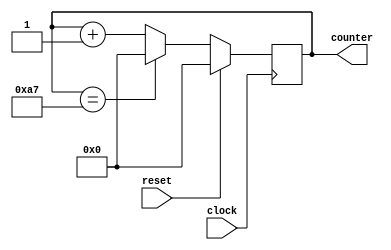
`timescale 1ns/100ps

`define COUNTER_MAX_VALUE (8'ha7)
module counter_with_reset(input clock,
                          input reset,

                          output reg [7:0] counter);
    // In a super strict coding style, all of our combinational logic has to be kept inside
    // always @* blocks.
    reg [7:0] counter_next;
    always @* begin
        if (reset) begin
            counter_next = 8'h00;
        end else begin
            if (counter == `COUNTER_MAX_VALUE) begin
                counter_next = 8'h00;
            end else begin
                counter_next = counter + 8'h1;
            end
        end
    end

    always @(posedge clock) begin
        counter <= counter_next;
    end
endmodule

module counter_with_reset_2(input clock,
                            input reset,

                            output reg [7:0] counter);
    // but, for really simple logic, it can make sense to put combinational logic inside the
    // always @(posedge clock) block
    always @(posedge clock) begin
        if (reset) begin
            counter <= 8'h00;
        end else begin
            if (counter == `COUNTER_MAX_VALUE) begin
                counter <= 8'h00;
            end else begin
                counter <= counter + 8'h1;
            end
        end
    end
endmodule


module counter_with_reset_example_tb();
    reg clock;
    reg reset;
    wire [7:0] counter;

    counter_with_reset my_counter(.clock(clock),
                                  .reset(reset),
                                  .counter(counter));

    // This type of "always" block is allowed in testbenches. It starts at the same time as our
    // "main" initial block and runs in parallel to it, looping forever to generate a clock signal.
    always begin
        // the two #500 statements means that we will have one clock cycle every 1000 time-steps.
        clock = 1'b0;
        #500;
        clock = 1'b1;
        #500;
    end

    initial begin
        $dumpfile("counter_with_reset_example.vcd");
        $dumpvars(0, counter_with_reset_example_tb);

        reset = 1'b1;
        #2000;
        reset = 1'b0;

        // Just let the counter sit for a bit; we want it to roll over at least once.
        #500000;

        // try hitting reset again.
        reset = 1'b1;
        #2000;
        reset = 1'b0;

        // Let it sit for a little longer.
        #1000000;

        $finish;
    end
endmodule